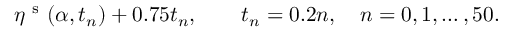
\eta ^ { \mathrm { ~ s ~ } } ( \alpha , t _ { n } ) + 0 . 7 5 t _ { n } , \qquad t _ { n } = 0 . 2 n , \quad n = 0 , 1 , \ldots , 5 0 .